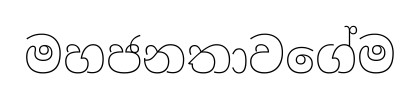
මහජනතාවගේම